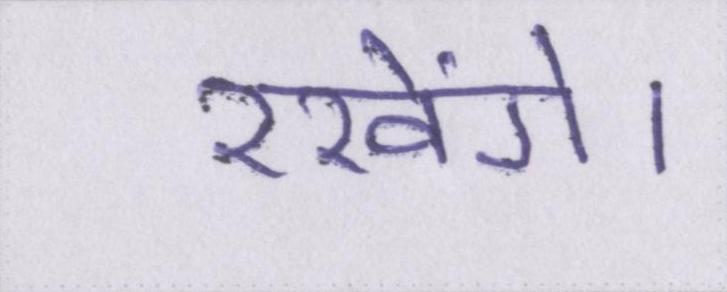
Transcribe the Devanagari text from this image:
रखेंगे।